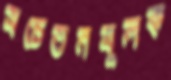
সচেতনমূলক